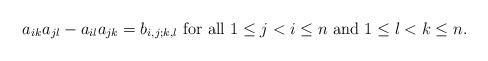
LaTeX: \begin{align*}a_{ik}a_{jl}- a_{il}a_{jk} =b_{i,j; k,l}~\textrm{for all}~1 \leq j <i \leq n~\textrm{and}~1 \leq l <k \leq n.\end{align*}